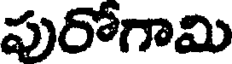
పురోగామి